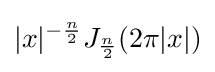
|x|^{-{\frac {n}{2}}}J_{\frac {n}{2}}(2\pi |x|)